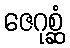
ဇေဂုစ္ဆံ